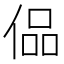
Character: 偘